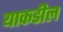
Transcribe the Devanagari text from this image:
याकडील